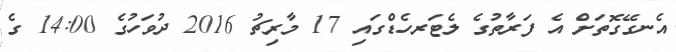
އެނގޭގޮތަށް އެ ފަރާތުގެ ލެޓަރހެޑްގައި 17 މާރިޗު 2016 ދުވަހުގެ 14:00 ގެ